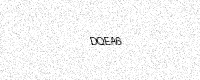
Text: DQEA6